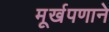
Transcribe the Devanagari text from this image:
मूर्खपणाने